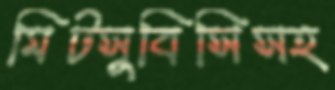
মিটসুবিসিসহ